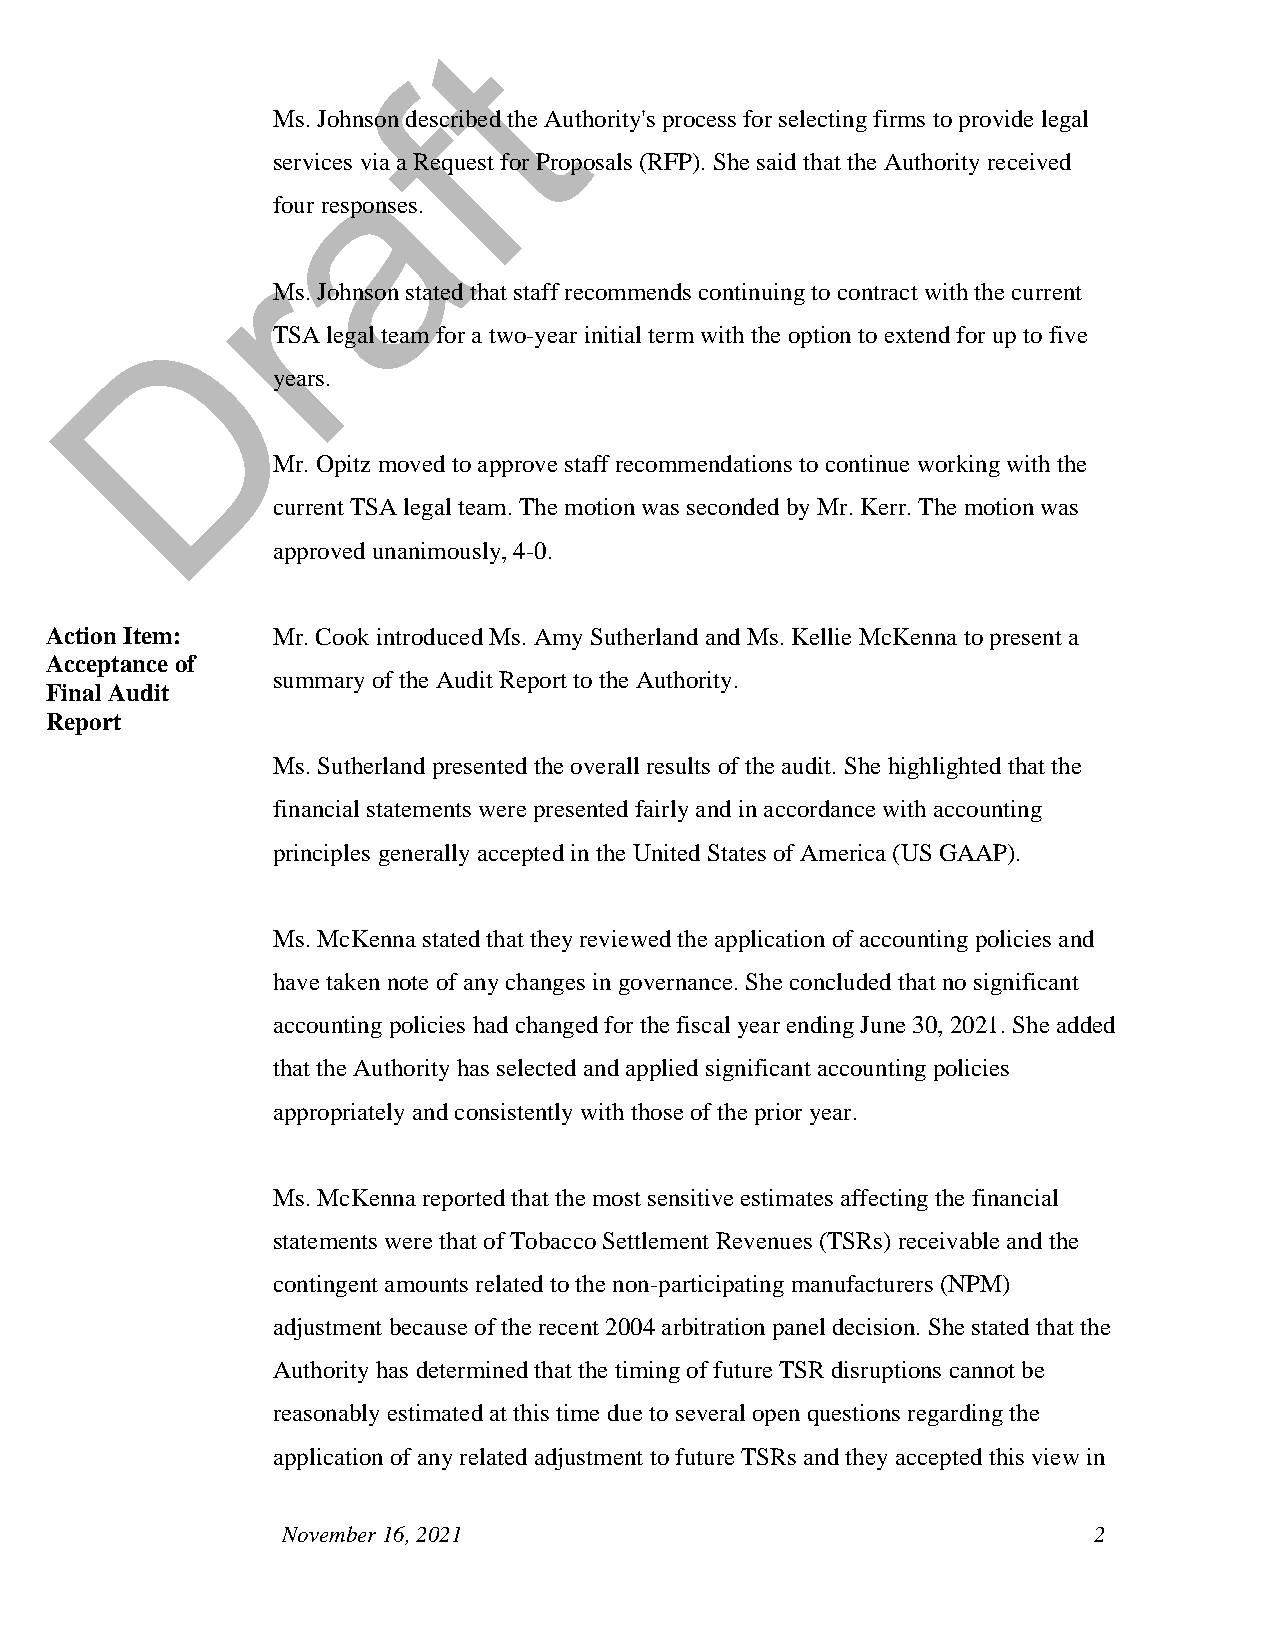
t
 f
 Ms. Johnson described the Authority's process for selecting firms to provide legal
 a
 services via a Request for Proposals (RFP). She said that the Authority received
 four responses.
 r
 Ms. Johnson stated that staff recommends continuing to contract with the current
 D
 TSA legal team for a two-year initial term with the option to extend for up to five
 years.
 Mr. Opitz moved to approve staff recommendations to continue working with the
 current TSA legal team. The motion was seconded by Mr. Kerr. The motion was
 approved unanimously, 4-0.
 Action Item:   Mr. Cook introduced Ms. Amy Sutherland and Ms. Kellie McKenna to present a
 Acceptance of
 summary of the Audit Report to the Authority.
 Final Audit
 Report
 Ms. Sutherland presented the overall results of the audit. She highlighted that the
 financial statements were presented fairly and in accordance with accounting
 principles generally accepted in the United States of America (US GAAP).
 Ms. McKenna stated that they reviewed the application of accounting policies and
 have taken note of any changes in governance. She concluded that no significant
 accounting policies had changed for the fiscal year ending June 30, 2021. She added
 that the Authority has selected and applied significant accounting policies
 appropriately and consistently with those of the prior year.
 Ms. McKenna reported that the most sensitive estimates affecting the financial
 statements were that of Tobacco Settlement Revenues (TSRs) receivable and the
 contingent amounts related to the non-participating manufacturers (NPM)
 adjustment because of the recent 2004 arbitration panel decision. She stated that the
 Authority has determined that the timing of future TSR disruptions cannot be
 reasonably estimated at this time due to several open questions regarding the
 application of any related adjustment to future TSRs and they accepted this view in
 November 16, 2021                                    2